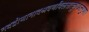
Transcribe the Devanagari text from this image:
नदद्वीणानादश्रवणविलसत्कुण्डलगुणा।